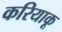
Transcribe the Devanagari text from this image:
करियाकू